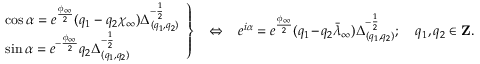
\left. \begin{array} { l } { { \cos \alpha = e ^ { \frac { \phi _ { \infty } } { 2 } } ( q _ { 1 } - q _ { 2 } \chi _ { \infty } ) \Delta _ { ( q _ { 1 } , q _ { 2 } ) } ^ { - { \frac { 1 } { 2 } } } } } \\ { { \sin \alpha = e ^ { - { \frac { \phi _ { \infty } } { 2 } } } q _ { 2 } \Delta _ { ( q _ { 1 } , q _ { 2 } ) } ^ { - { \frac { 1 } { 2 } } } } } \end{array} \right\} \ \ \ \Leftrightarrow \ \ \ e ^ { i \alpha } = e ^ { \frac { \phi _ { \infty } } { 2 } } ( q _ { 1 } - q _ { 2 } \bar { \lambda } _ { \infty } ) \Delta _ { ( q _ { 1 } , q _ { 2 } ) } ^ { - { \frac { 1 } { 2 } } } ; \ \ \ \ q _ { 1 } , q _ { 2 } \in { \bf Z } .